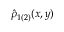
\hat { \rho } _ { 1 ( 2 ) } ( x , y )